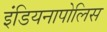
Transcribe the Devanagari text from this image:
इंडियनापोलिस